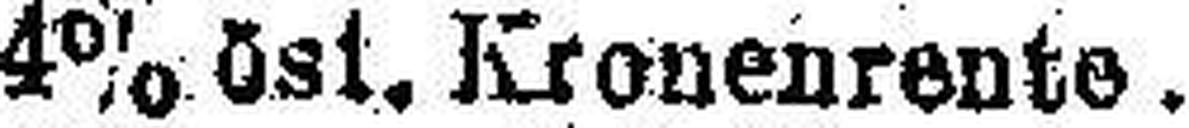
4% öst. Kronenrente.